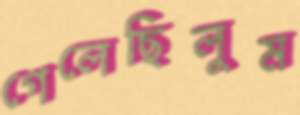
গেলেছিলুম